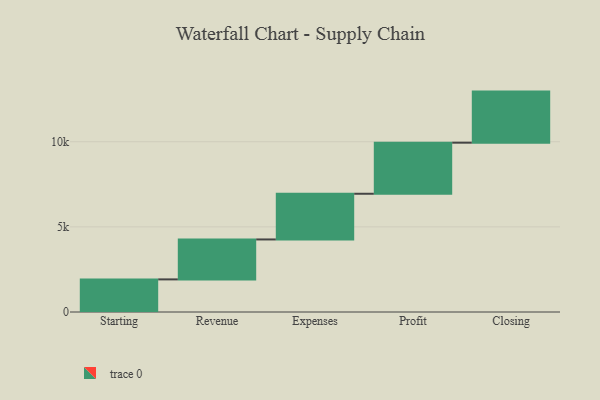
{"axis": {"x": "Step", "y": "Value"}, "legend": [""], "data": [{"x": "Starting", "y": 1915.0, "type": ""}, {"x": "Revenue", "y": 2346.0, "type": ""}, {"x": "Expenses", "y": 2683.0, "type": ""}, {"x": "Profit", "y": 3000, "type": ""}, {"x": "Closing", "y": 3000, "type": ""}]}